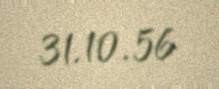
31.10.56